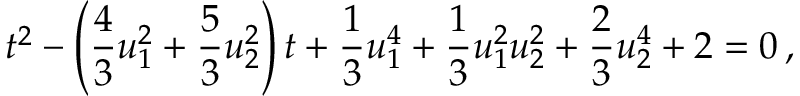
t ^ { 2 } - \left( \frac { 4 } { 3 } u _ { 1 } ^ { 2 } + \frac { 5 } { 3 } u _ { 2 } ^ { 2 } \right) t + \frac { 1 } { 3 } u _ { 1 } ^ { 4 } + \frac { 1 } { 3 } u _ { 1 } ^ { 2 } u _ { 2 } ^ { 2 } + \frac { 2 } { 3 } u _ { 2 } ^ { 4 } + 2 = 0 \, ,